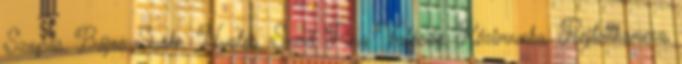
Szopás, Bájos Szõke, Nyalás, Szexi, Pina Valóság, Kézimunka, Rejtettkamera,